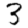
Digit: 3